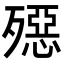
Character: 𣩤